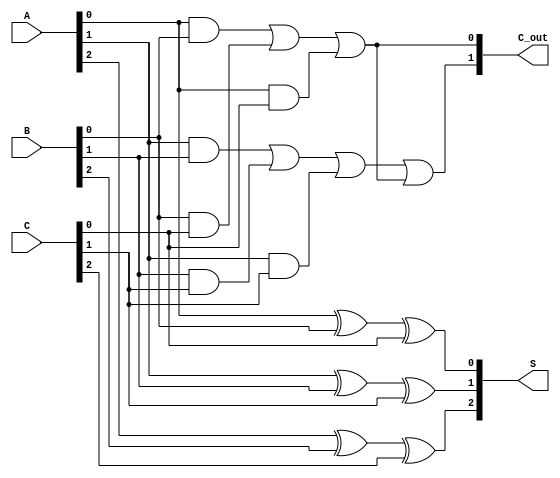
module CarrySaveAdder (
    input  [2:0] A,    // 3-bit input A
    input  [2:0] B,    // 3-bit input B
    input  [2:0] C,    // 3-bit input C
    output [2:0] S,    // 3-bit sum output
    output [1:0] C_out  // 2-bit carry output
);

    // Calculate sum bits using XOR gates
    assign S[0] = A[0] ^ B[0] ^ C[0];
    assign S[1] = A[1] ^ B[1] ^ C[1];
    assign S[2] = A[2] ^ B[2] ^ C[2];

    // Calculate carry bits using AND and OR gates
    assign C_out[0] = (A[0] & B[0]) | (B[0] & C[0]) | (A[0] & C[0]);
    assign C_out[1] = (A[1] & B[1]) | (B[1] & C[1]) | (A[1] & C[1]) | C_out[0];

endmodule